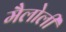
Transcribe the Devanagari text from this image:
मैलोली